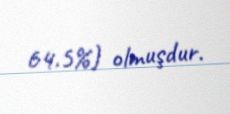
64.5%) olmuşdur.